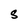
Character: S